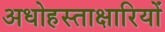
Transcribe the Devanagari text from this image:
अधोहस्ताक्षारियों